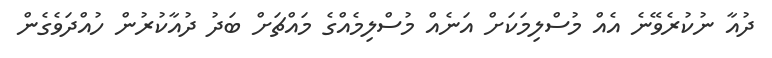
ދުއާ ނުކުރެވޭނެ އެއް މުސްލިމަކަށް އަނެއް މުސްލިމެއްގެ މައްޗަށް ބަދު ދުއާކުރުން ހުއްދަވެގެން